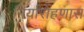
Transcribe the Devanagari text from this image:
गिर्यारोहणास